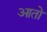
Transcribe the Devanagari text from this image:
आतो